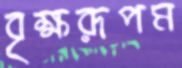
বৃক্ষরূপম